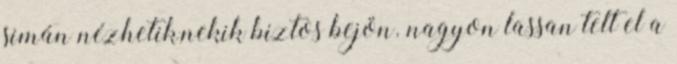
simán nézhetik,nekik biztos bejön. nagyon lassan telt el a